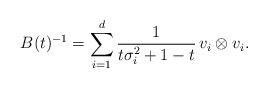
LaTeX: \begin{align*}B(t)^{-1} = \sum_{i=1}^d \frac{1}{t\sigma_i^2 + 1-t}\, v_i\otimes v_i .\end{align*}